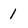
Character: 1